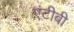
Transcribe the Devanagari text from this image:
एंटीबी